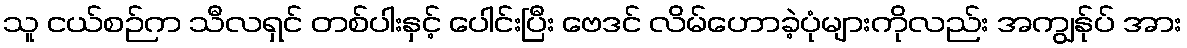
သူ ငယ်စဉ်က သီလရှင် တစ်ပါးနှင့် ပေါင်းပြီး ဗေဒင် လိမ်ဟောခဲ့ပုံများကိုလည်း အကျွန်ုပ် အား